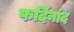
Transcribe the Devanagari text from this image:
फर्दिनांद